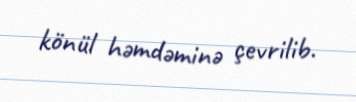
könül həmdəminə çevrilib.